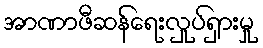
အာဏာဖီဆန်ရေးလှုပ်ရှားမှု